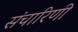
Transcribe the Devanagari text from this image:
संचारिणी